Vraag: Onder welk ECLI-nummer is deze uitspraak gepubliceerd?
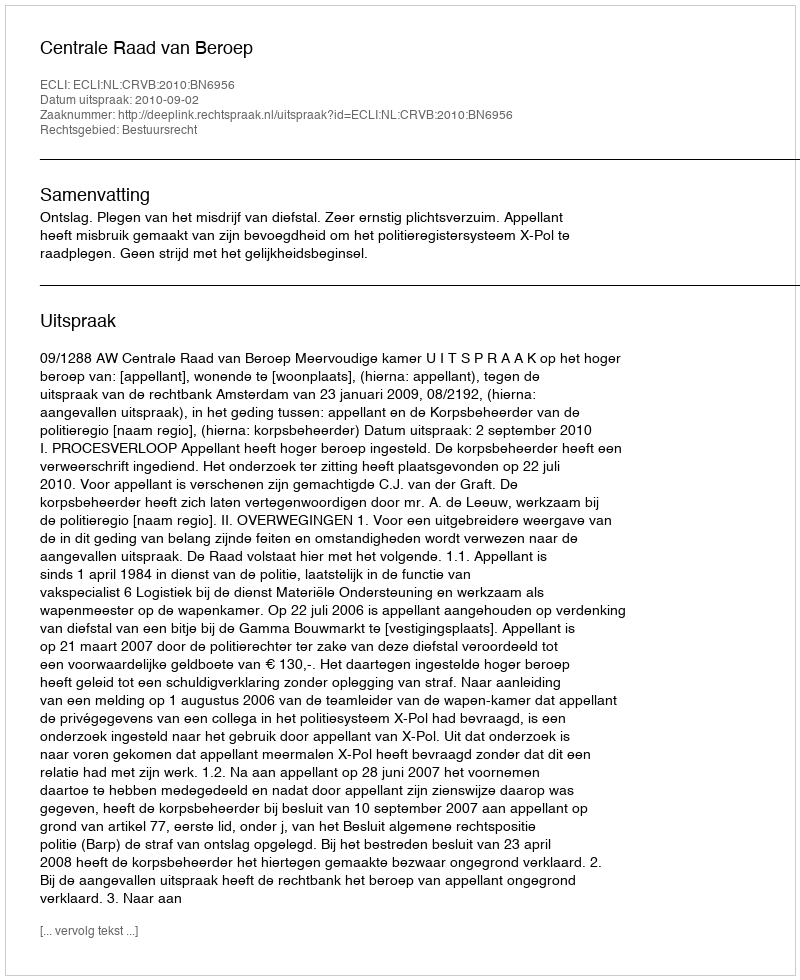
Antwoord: ECLI:NL:CRVB:2010:BN6956